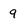
Character: 9